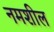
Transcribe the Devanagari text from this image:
नमशील